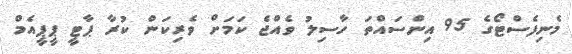
މެނިފެސްޓޯގެ 95 އިންސައްތަ ހާސިލު ވެއްޖެ ކަމަށް ވެރިކަން ކުރާ ޕާޓީ ޕީޕީއެމް